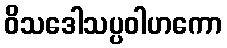
ဝိသဒေါသပ္ပဝါဟကော